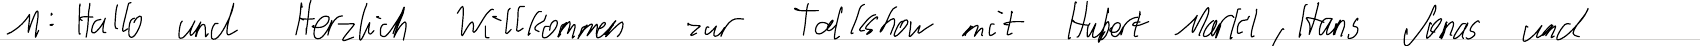
M: Hallo und Herzlich Willkommen zur Talkshow mit Hubert Markl, Hans Jonas und